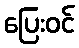
ပြေးဝင်